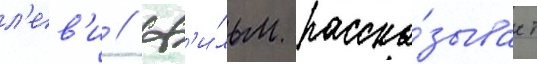
л'ев'и // Ф'и́льм расска́зывает